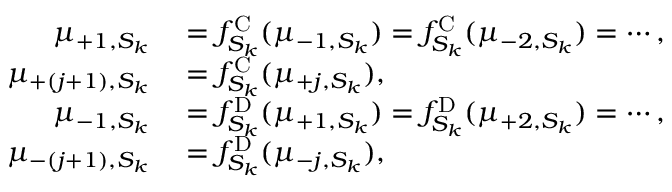
\begin{array} { r l } { \mu _ { + 1 , S _ { k } } } & { { } = f _ { S _ { k } } ^ { \mathrm { C } } ( \mu _ { - 1 , S _ { k } } ) = f _ { S _ { k } } ^ { \mathrm { C } } ( \mu _ { - 2 , S _ { k } } ) = \cdots , } \\ { \mu _ { + ( j + 1 ) , S _ { k } } } & { { } = f _ { S _ { k } } ^ { \mathrm { C } } ( \mu _ { + j , S _ { k } } ) , } \\ { \mu _ { - 1 , S _ { k } } } & { { } = f _ { S _ { k } } ^ { \mathrm { D } } ( \mu _ { + 1 , S _ { k } } ) = f _ { S _ { k } } ^ { \mathrm { D } } ( \mu _ { + 2 , S _ { k } } ) = \cdots , } \\ { \mu _ { - ( j + 1 ) , S _ { k } } } & { { } = f _ { S _ { k } } ^ { \mathrm { D } } ( \mu _ { - j , S _ { k } } ) , } \end{array}